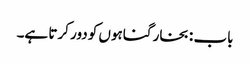
باب : بخار گناہوں کو دور کرتا ہے۔